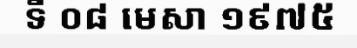
ទី ០៨ មេសា ១៩៧៥